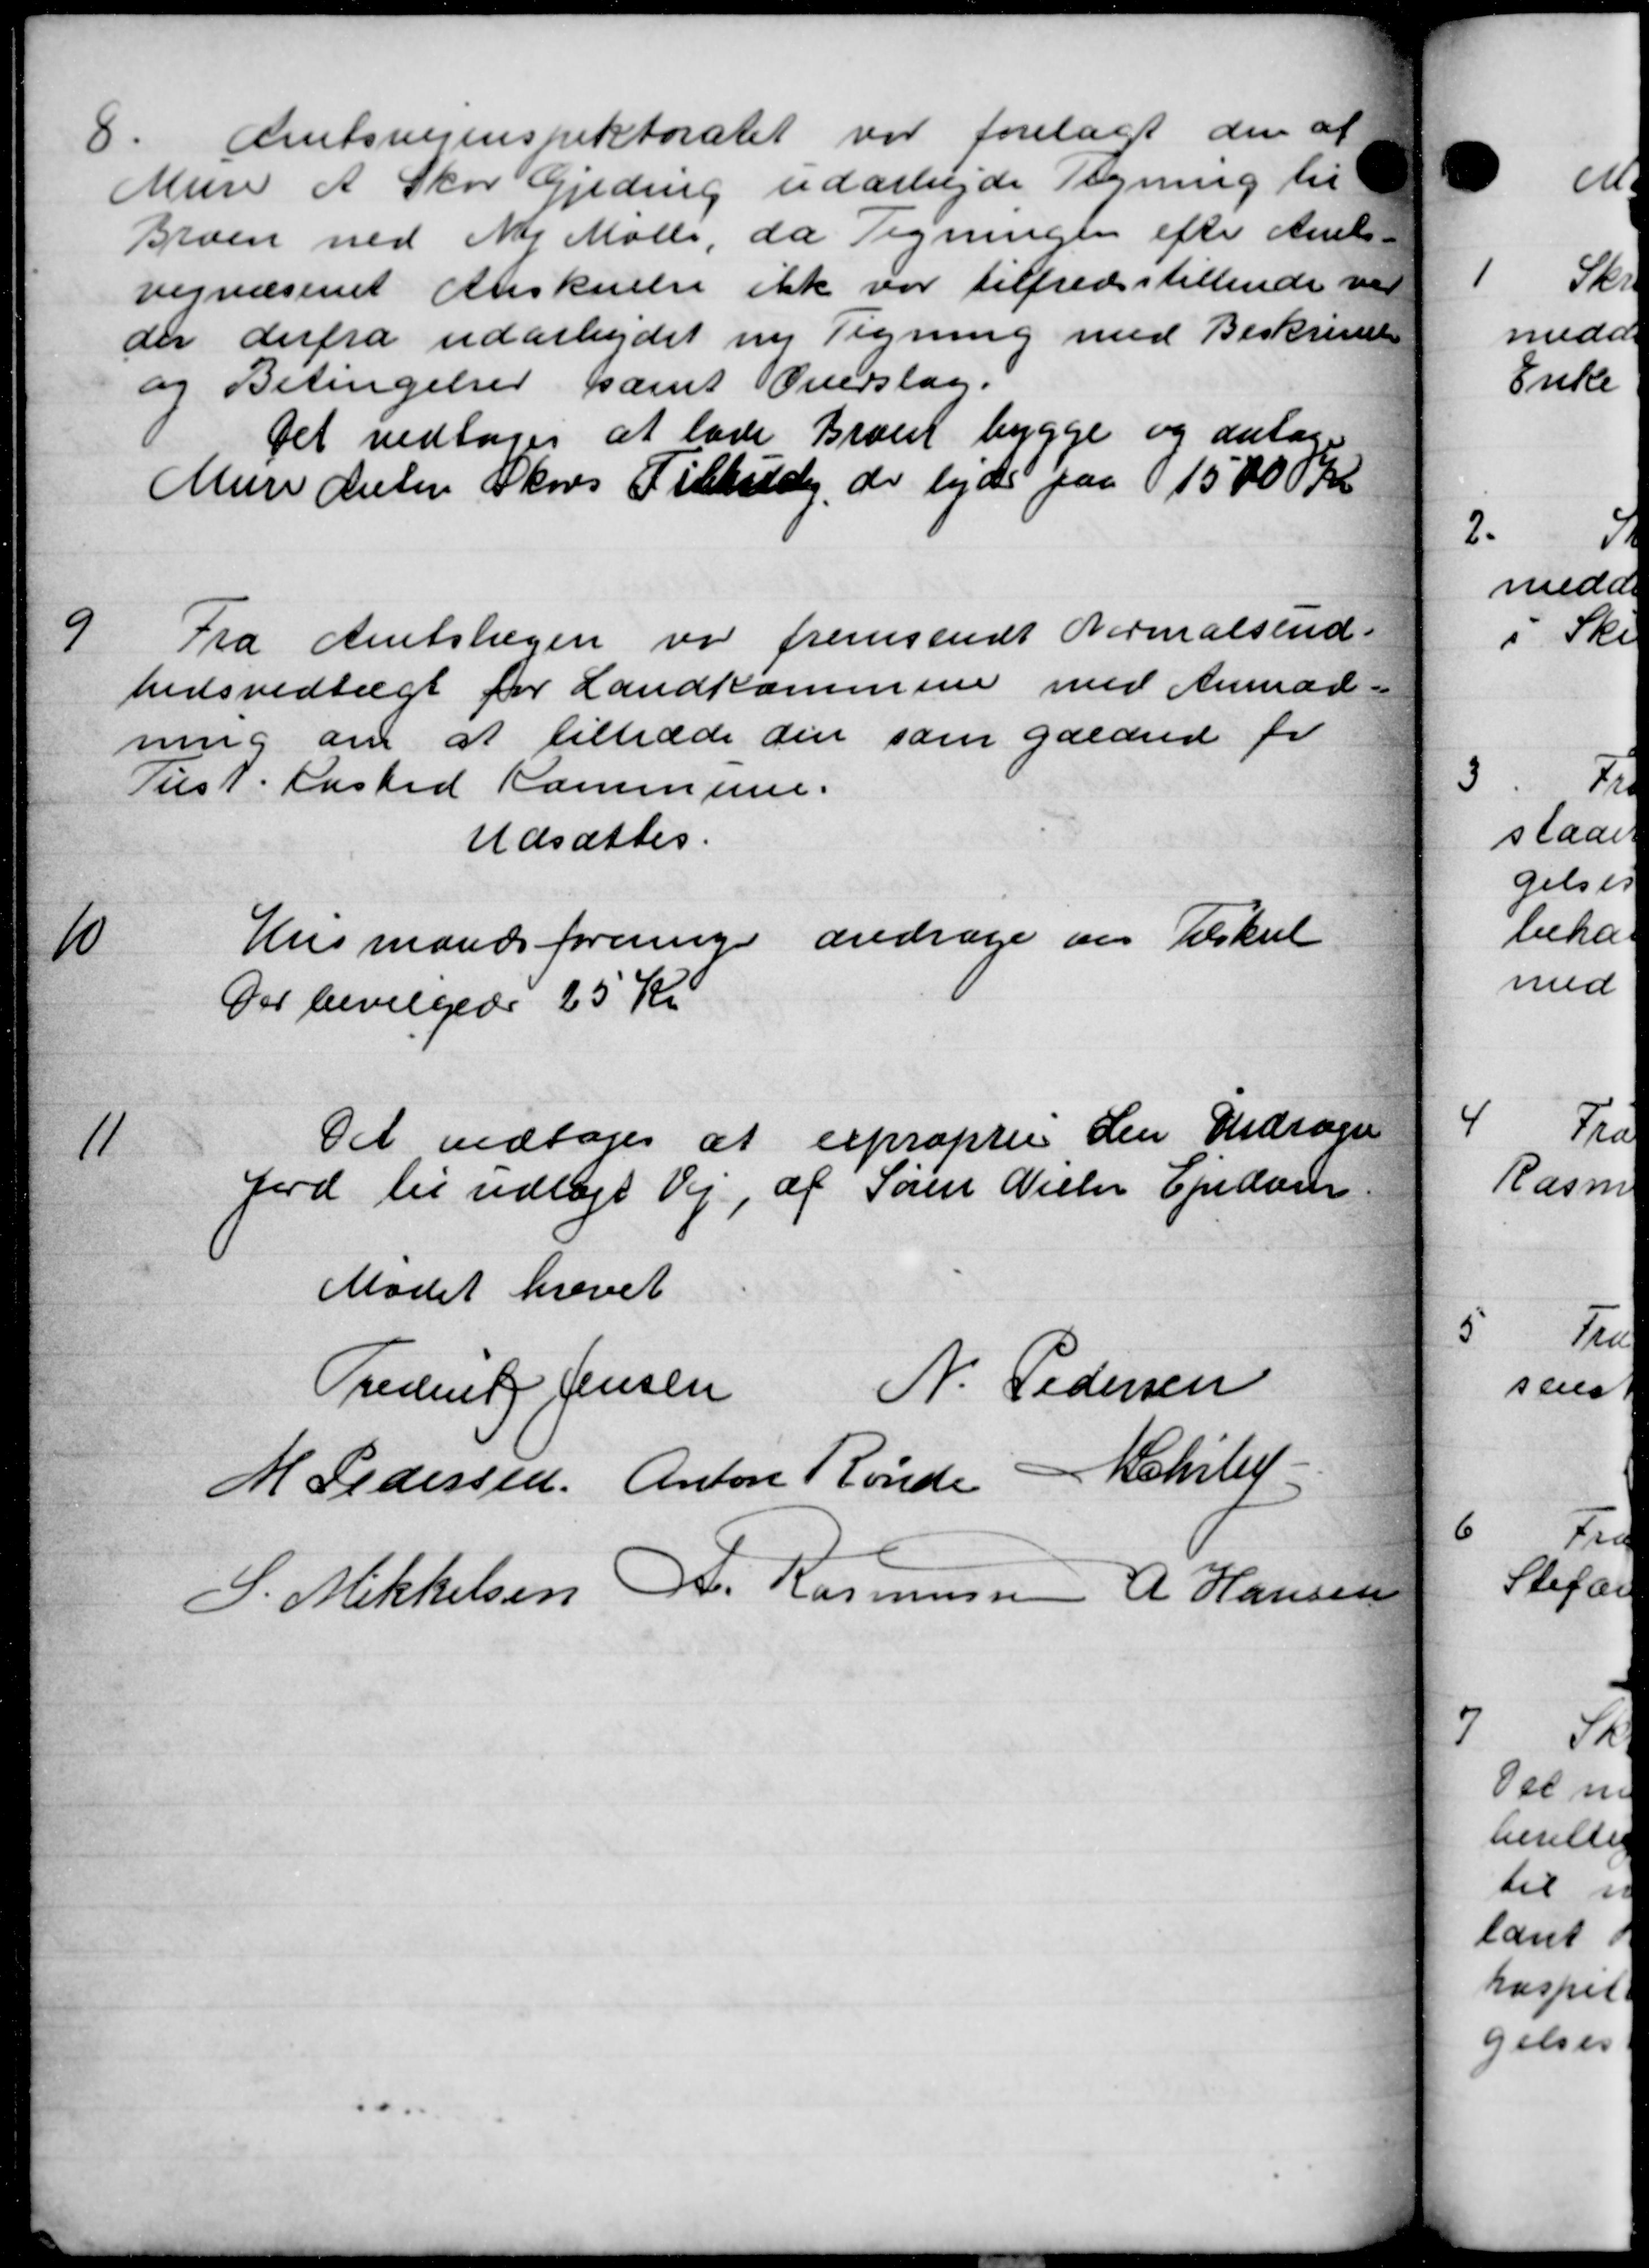
Transskription:
8.
Amtsvejinspektoratet var forelagt der af
Mure A Skov Gjeding udarbejde Tegning til
Broen ved Ny Mølle, da Tegningen efter Amts-
vejvæsenet Anskuelse ikke var tilfredsstillende ved
der derfra udarbejdet ny Tegning med Beskrivelse
og Betingelser samt Overslag.
Det vedtoges at lade Brønd bygge og antog
Mure deler Skovs Tilskud de ledes paa 15000 Kr

Fra Amtslægen var fremsendt Normalsend
hedsvedtægt for Landkommune med Anmod-
ning om at tiltræde den som gældrede for
Tust. Aasted Kommune.
Udsættes.

Husmandsforening andrage om Tilskud
Der bevilgedes 25 Kr.

Det vedtoges at exproprie den Andrager
Jord til udlagt Vej af Søren Nielsen Ejendom
Mødet hævet
Frederik Jensen N. Pedersen
M Pedersen, Anton Rønde Schrluf
S. Mikkelsen A. Rasmussen A Hansen